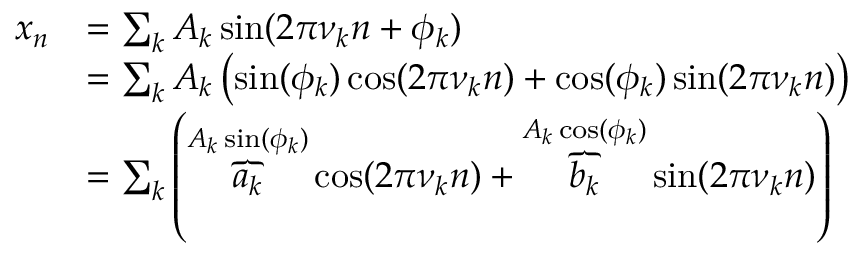
{ \begin{array} { r l } { x _ { n } } & { = \sum _ { k } A _ { k } \sin ( 2 \pi \nu _ { k } n + \phi _ { k } ) } \\ & { = \sum _ { k } A _ { k } \left( \sin ( \phi _ { k } ) \cos ( 2 \pi \nu _ { k } n ) + \cos ( \phi _ { k } ) \sin ( 2 \pi \nu _ { k } n ) \right) } \\ & { = \sum _ { k } \left( \overbrace { a _ { k } } ^ { A _ { k } \sin ( \phi _ { k } ) } \cos ( 2 \pi \nu _ { k } n ) + \overbrace { b _ { k } } ^ { A _ { k } \cos ( \phi _ { k } ) } \sin ( 2 \pi \nu _ { k } n ) \right) } \end{array} }